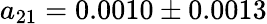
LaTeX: a_{21}=0.0010\pm 0.0013